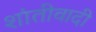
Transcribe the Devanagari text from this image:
शांतीवादी